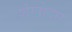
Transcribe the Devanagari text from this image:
शंखोद्वार